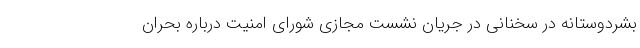
بشردوستانه در سخنانی در جریان نشست مجازی شورای امنیت درباره بحران